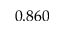
0 . 8 6 0